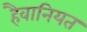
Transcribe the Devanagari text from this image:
हैवानियत